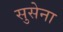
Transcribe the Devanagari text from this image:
सुसेना